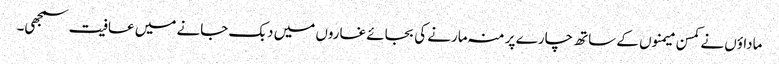
ماداؤں نے کمسن میمنوں کے ساتھ چارے پر منہ مارنے کی بجائے غاروں میں دبک جانے میں عافیت سمجھی۔